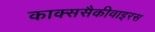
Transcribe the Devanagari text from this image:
काक्ससैकीवाइरस